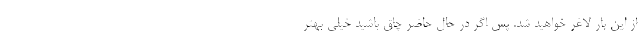
از این‌ بار لاغر خواهید شد. پس اگر در حال حاضر چاق باشید خیلی بهتر